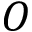
O